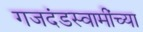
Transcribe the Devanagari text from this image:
गजदंडस्वामींच्या